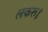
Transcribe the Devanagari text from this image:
लेकरूं।